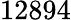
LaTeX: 12894